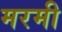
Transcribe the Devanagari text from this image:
मरमी